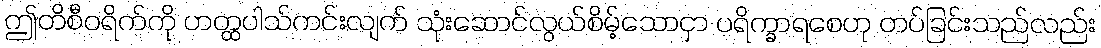
ဤတိစီဝရိက်ကို ဟတ္ထပါသ်ကင်းလျက် သုံးဆောင်လွယ်စိမ့်သောငှာ ပရိက္ခာရစေဟု တပ်ခြင်းသည်လည်း